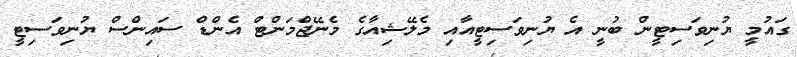
ގައުމީ ޔުނިވަސިޓީން ބުނީ އެ ޔުނިވަސިޓީއާއި މެލޭޝިއާގެ މެނޭޖްމަންޓް އެންޑް ސައިންސް ޔުނިވަސިޓީ